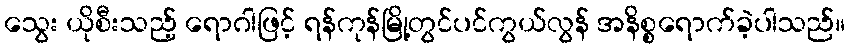
သွေး ယိုစီးသည့် ရောဂါဖြင့် ရန်ကုန်မြို့တွင်ပင်ကွယ်လွန် အနိစ္စရောက်ခဲ့ပါသည်။